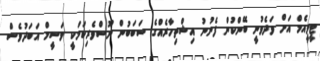
ޓީވީއެމް އަށް ވަދެވުނީ ބޭންކުން ފެނުނު އިޝްތިހާރެއްގެ ސަބަބުން ނޫސްވެރިކަމަކީ ވަސީމް އަބަދުވެސް